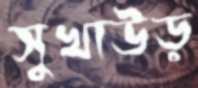
সুখাউড়